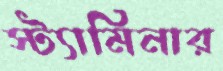
স্ট্যামিনার